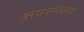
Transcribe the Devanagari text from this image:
अधाररेखा